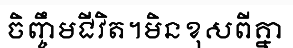
ចិញ្ចឹមជីវិត។មិនខុសពីគ្នា